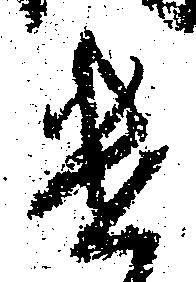
遣